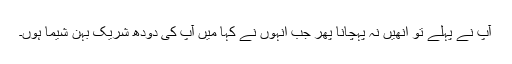
آپ نے پہلے تو انھیں نہ پہچانا پھر جب انہوں نے کہا میں آپ کی دودھ شریک بہن شیما ہوں۔